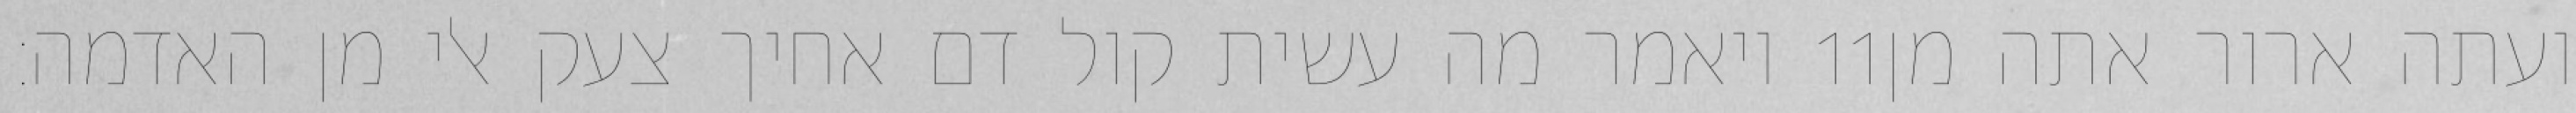
ויאמר מה עשית קול דם אחיך צעק אלי מן האדמה׃ ‎11‏ ועתה ארור אתה מן